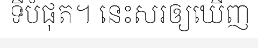
ទីបំផុត។ នេះសរឲ្យឃើញ